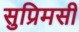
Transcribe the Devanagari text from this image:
सुप्रिमसी